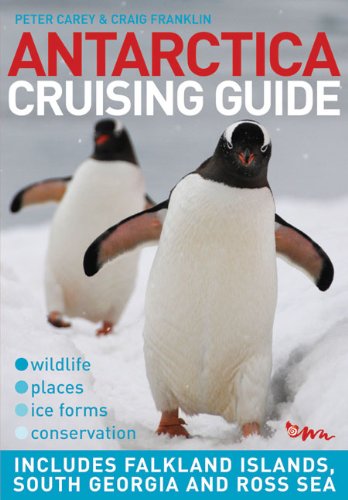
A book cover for Antarctica Cruising Guide: Includes Falkland Islands, South Georgia and Ross Sea; Peter Carey; Travel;